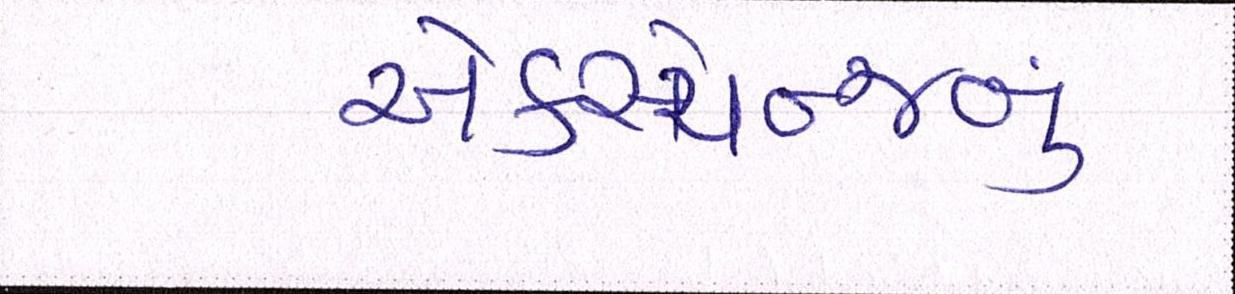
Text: એક્સ્ચેન્જનું